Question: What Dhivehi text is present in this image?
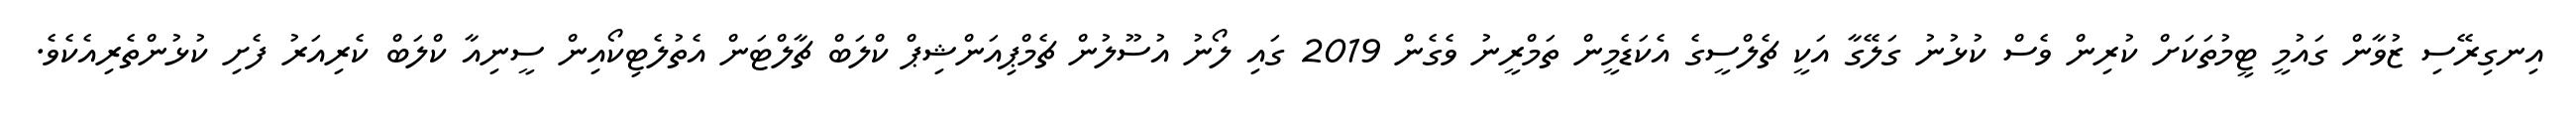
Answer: އިނގިރޭސި ޒުވާން ގައުމީ ޓީމުތަކަށް ކުރިން ވެސް ކުޅުނު ގަލޭގާ އަކީ ޗެލްސީގެ އެކަޑެމީން ތަމްރީނު ވެގެން 2019 ގައި ލޯނު އުސޫލުން ޗެމްޕިއަންޝިޕް ކްލަބް ޗާލްޓަން އެތުލެޓިކޯއިން ސީނިއާ ކްލަބް ކެރިއަރު ފެށި ކުޅުންތެރިއެކެވެ.